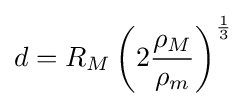
d=R_{M}\left(2{\frac {\rho _{M}}{\rho _{m}}}\right)^{\frac {1}{3}}